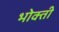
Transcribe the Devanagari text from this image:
भोक्ती